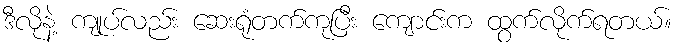
ဒီလိုနဲ့ ကျုပ်လည်း ဆေးရုံတက်ကုပြီး ကျောင်းက ထွက်လိုက်ရတယ်။